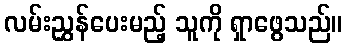
လမ်းညွှန်ပေးမည့် သူကို ရှာဖွေသည်။